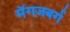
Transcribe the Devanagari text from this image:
मॅगजबर्ग